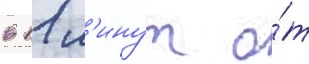
в 11 м'инут о́т